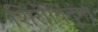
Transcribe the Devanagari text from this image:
शिरोबिंदुंना